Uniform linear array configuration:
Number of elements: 24
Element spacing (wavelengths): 0.5
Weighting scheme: blackman
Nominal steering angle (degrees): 0
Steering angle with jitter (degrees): -1.241
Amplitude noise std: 0.05
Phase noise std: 0.05

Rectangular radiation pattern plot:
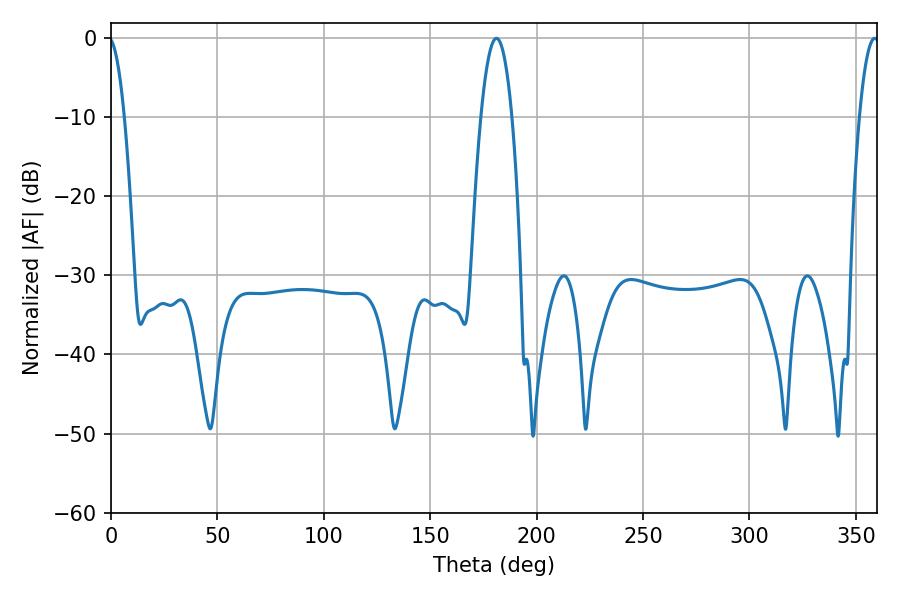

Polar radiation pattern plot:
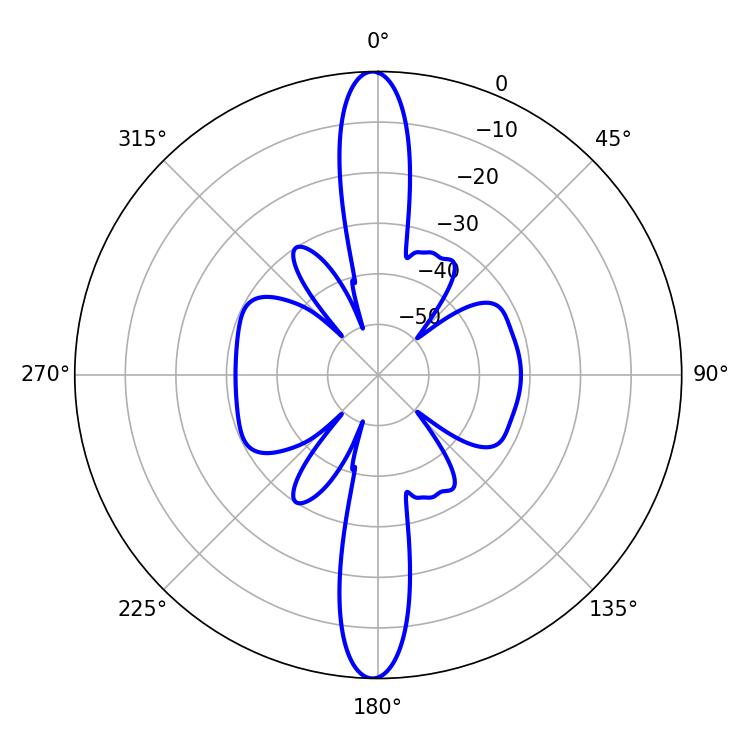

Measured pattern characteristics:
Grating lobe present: FALSE
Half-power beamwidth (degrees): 7.92
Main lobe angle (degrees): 181.08